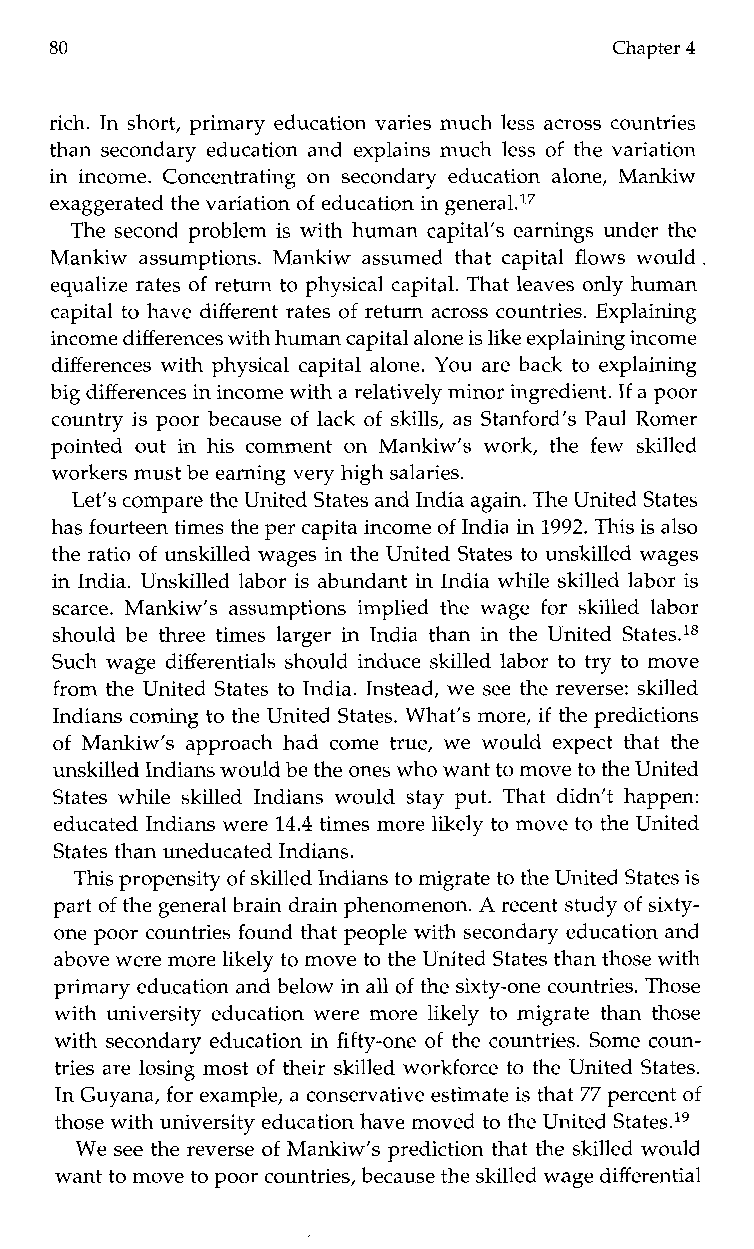
80                                   Chapter 4
 rich. In short, primary education varies much less across countries
 than secondary education and explains much less of the variation
 in income. Concentrating on secondary education alone, Mankiw
 exaggerated the variation of education in general.17
 The second problem is with human capital’s earnings under the
 Mankiw assumptions. Mankiw assumed that capital flows would
 equalize rates of return to physical capital. That leaves only human
 capital to have different rates of return across countries. Explaining
 income differencesw ith humanc apital alone is like explaining income
 differences with physical capital alone. You are back to explaining
 big differences in income with ar elatively minor ingredient.I f a poor
 country is poor because of lack of skills, as Stanford’s Paul Romer
 pointedo uti n his commento n Mankiw’s work,t he few skilled
 workers must be earning very high salaries.
 Let’s compare the United States and India again. The United States
 has fourteen times the per capita income of India in 1992. This is also
 the ratio of unskilled wages in the United States to unskilled wages
 in India. Unskilled labor is abundant in India while skilled labor is
 scarce. Mankiw’s assumptions implied the wage for skilled labor
 should be three times larger in India than in the United States.ls
 Such wage differentials should induce skilled labor to try to move
 from the United States to India. Instead, we see the reverse: skilled
 Indians coming to the UnitedS tates. What’s more, if the predictions
 of Mankiw’s approach had come true, we would expect that the
 unskilled Indians would beth e ones who wantt o move to the United
 States while skilled Indians would stay put. That didn’t happen:
 educated Indians were 14.4 times more likely to move to the United
 States than uneducated Indians.
 This propensity of skilled Indians to migrate to the United States is
 part of the general brain drain phenomenon.A recent study of sixty-
 one poor countries found that people with secondary education and
 above were morel ikely to move to the United States than those with
 primary education and belowi n all of the sixty-one countries. Those
 with university education were more likely to migrate than those
 with secondary education in fifty-one of the countries. Some coun-
 tries are losing most of their skilled workforce to the United States.
 In Guyana, for example, a conservative estimate is that 77 percent of
 those with university education have movedt o the United States.19
 We see the reverse of Mankiw’s prediction that the skilled would
 want to movet o poor countries, because the skilled wage differential